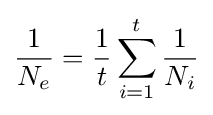
{1 \over N_{e}}={1 \over t}\sum _{i=1}^{t}{1 \over N_{i}}